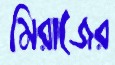
মিরাজের